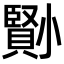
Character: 𡮺